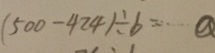
( 5 0 0 - 4 2 4 ) \div b \cdots a